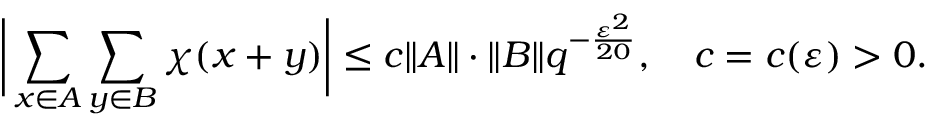
{ \biggl | } \sum _ { x \in A } \sum _ { y \in B } \chi ( x + y ) { \biggr | } \leq c \| A \| \cdot \| B \| q ^ { - { \frac { \varepsilon ^ { 2 } } { 2 0 } } } , \quad c = c ( \varepsilon ) > 0 .